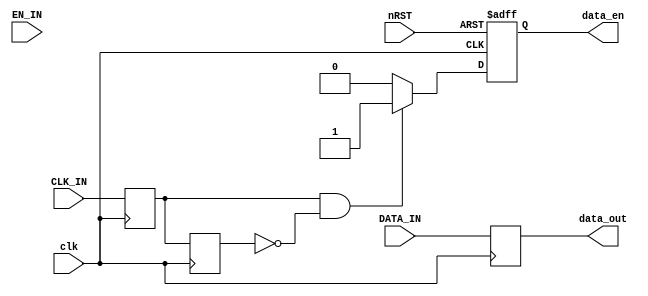
module data_format_422(
	input clk,//----------------
	input nRST,//---------------0 is active
	
	input CLK_IN,
	input EN_IN,
	input DATA_IN,
	
	output reg data_out,
	output reg data_en
	);

//===================================
//
//===================================
reg clk_reg0,clk_reg1;

always @(posedge clk)
begin
	clk_reg0 <= CLK_IN;
	clk_reg1 <= clk_reg0;
end

always @(posedge clk)
begin
	data_out <= DATA_IN;
end

always @(posedge clk or negedge nRST)
begin
	if(!nRST)
		data_en <= 1'b0;
	else if(clk_reg0 & (!clk_reg1))
		data_en <= 1'b1;
	else
		data_en <= 1'b0;	
end		
	
endmodule